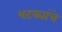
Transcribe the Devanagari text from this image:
भटक्यांचे